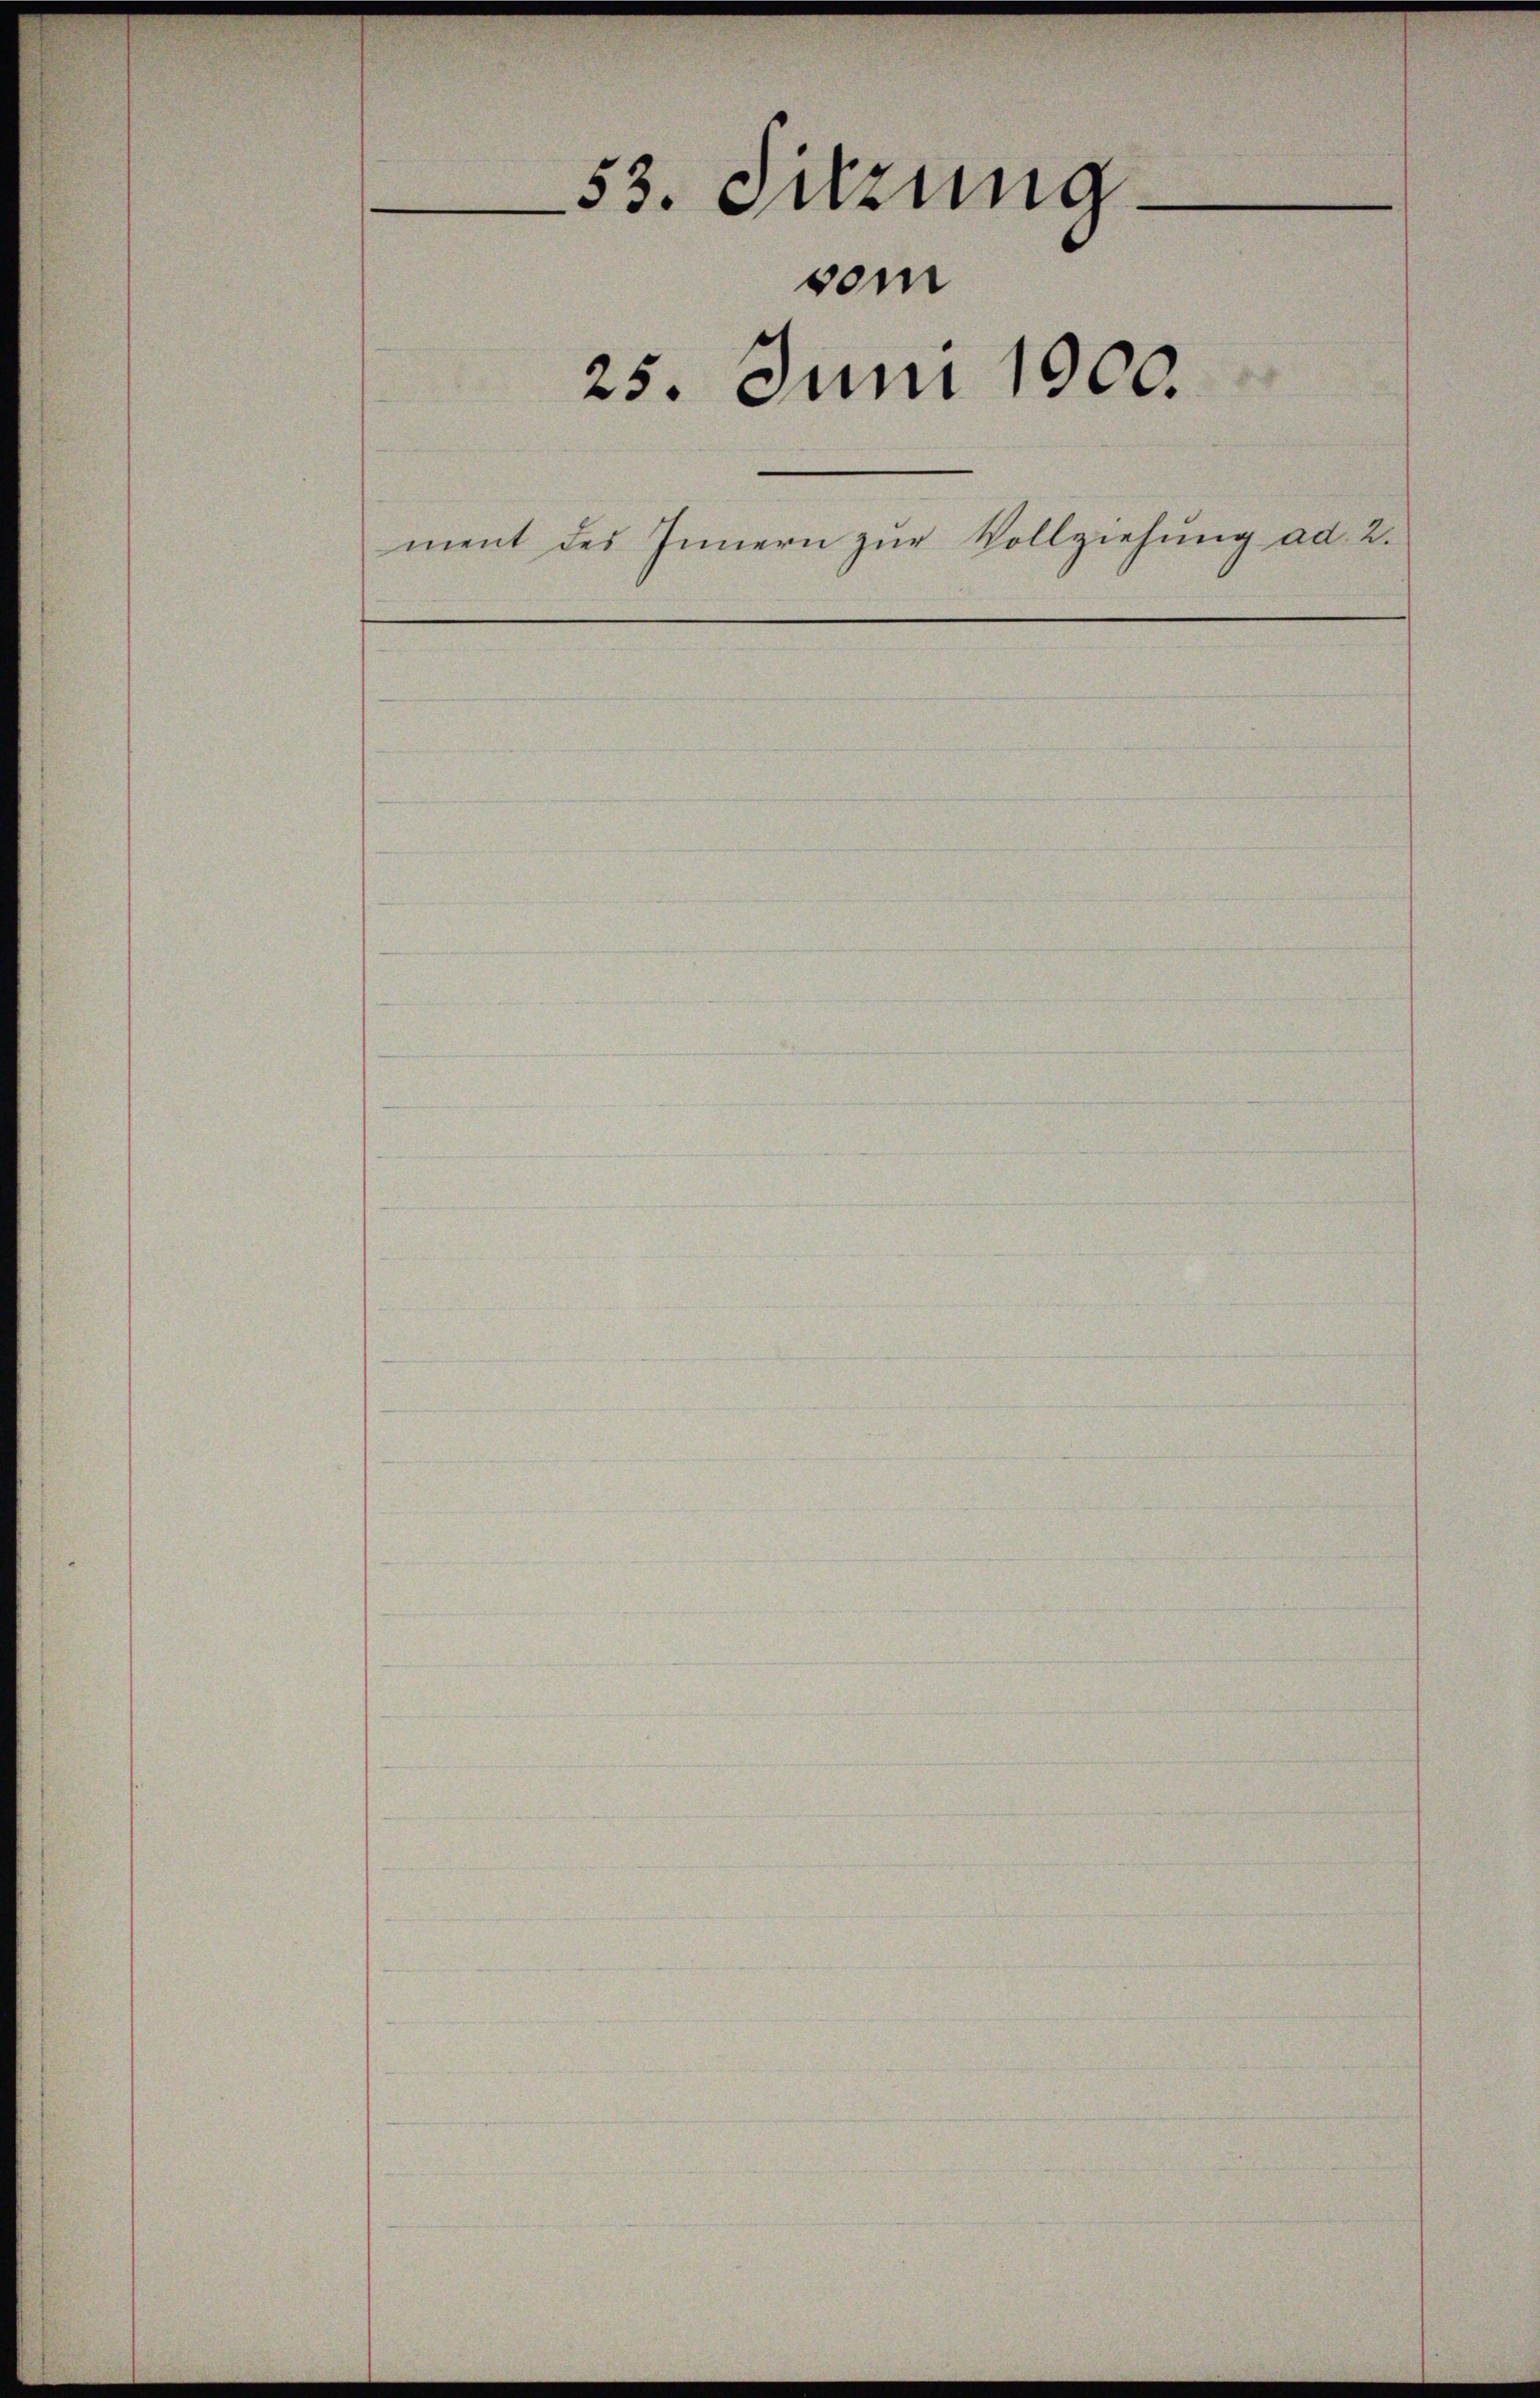
e
53. Sitzung.
vom
25. Juni 1900.
ment des Innern zŭr Vollziehung ad 2.